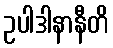
ဥပါဒါနာနီတိ